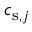
c _ { \mathrm { s } , j }